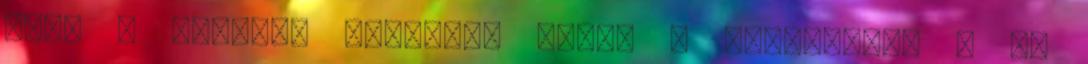
hogy a kormány komolyan vegye a problémát? A Mi